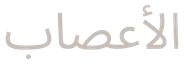
الأعصاب